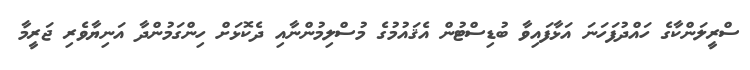
ސްރީލަންކާގެ ހައްދުފަހަނަ އަޅާފައިވާ ބުޑިސްޓުން އެޤައުމުގެ މުސްލިމުންނާއި ދެކޮޅަށް ހިންގަމުންދާ އަނިޔާވެރި ޖަރީމާ